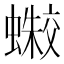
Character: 𰳛